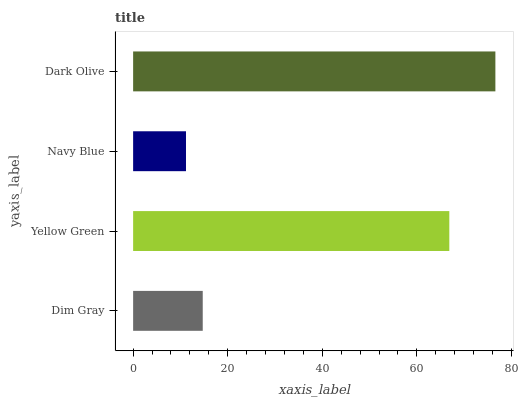
| yaxis_label | bars |
 | --- | --- |
 | Dim Gray | 14.7 |
 | Yellow Green | 66.8 |
 | Navy Blue | 11.2 |
 | Dark Olive | 76.6 |